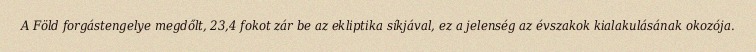
A Föld forgástengelye megdőlt, 23,4 fokot zár be az ekliptika síkjával, ez a jelenség az évszakok kialakulásának okozója.